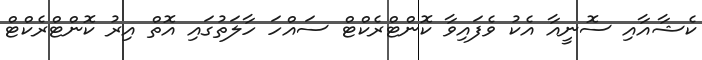
ކެޝާއާއި ސޮނީއާ އެކު ވެފައިވާ ކޮންޓްރެކްޓް ސައްހަ ހާލަތުގައި އޮތް އިރު ކޮންޓްރެކްޓް